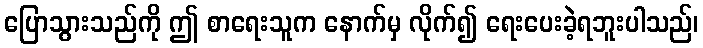
ပြောသွားသည်ကို ဤ စာရေးသူက နောက်မှ လိုက်၍ ရေးပေးခဲ့ရဘူးပါသည်၊